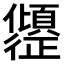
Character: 𫤎